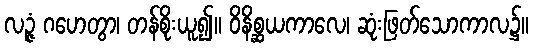
လဉ္ဇံ ဂဟေတွာ၊ တန်စိုးယူ၍။ ဝိနိစ္ဆယကာလေ၊ ဆုံးဖြတ်သောကာလ၌။